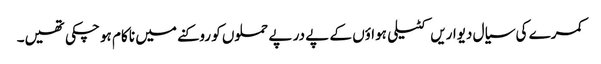
کمرے کی سیال دیواریں کٹیلی ہواؤں کے پے در پے حملوں کو روکنے میں نا کام ہو چکی تھیں۔